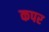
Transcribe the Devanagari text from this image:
कपर